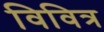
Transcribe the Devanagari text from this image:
विवित्र